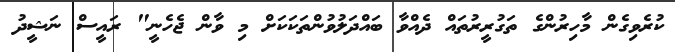
ކުރެވިގެން މާހިރުންގެ ތަގުރީރުތައް ދެއްވާ ބައްދަލުވުންތަކަކަށް މި ވާން ޖެހެނީ" ރަައީސް ނަޝީދު